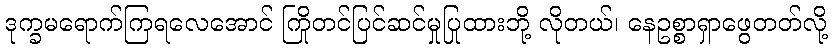
ဒုက္ခမရောက်ကြရလေအောင် ကြိုတင်ပြင်ဆင်မှုပြုထားဘို့ လိုတယ်၊ နေဥစ္စာရှာဖွေတတ်လို့